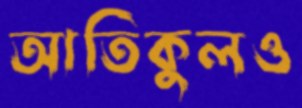
আতিকুলও